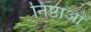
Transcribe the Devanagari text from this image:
निष्ठाओं